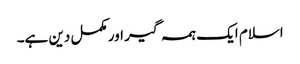
اسلام ایک ہمہ گیر اور مکمل دین ہے۔